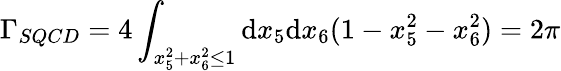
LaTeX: \Gamma_{SQCD}=4\int_{x_{5}^{2}+x_{6}^{2}\le1}\mathrm{d}x_{5}\mathrm{d}x_{6}(1-x_{5}^{2}-x_{6}^{2})=2\pi